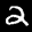
Label: 2